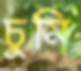
চুমি